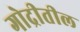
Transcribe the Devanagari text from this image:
गोद्रीतील